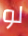
لو